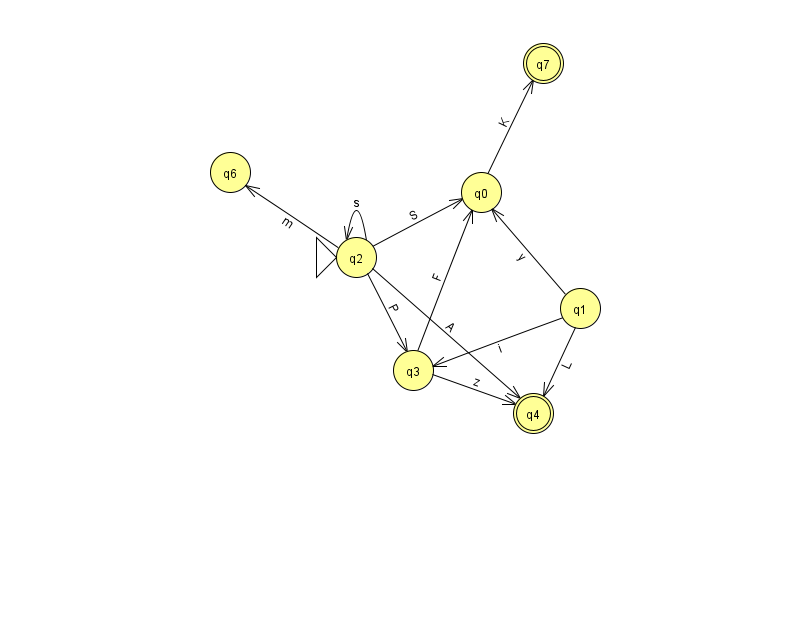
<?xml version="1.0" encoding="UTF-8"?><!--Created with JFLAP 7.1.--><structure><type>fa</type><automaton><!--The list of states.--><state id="0" name="q0"><x>481.0</x><y>179.0</y></state><state id="1" name="q1"><x>580.0</x><y>295.0</y></state><state id="2" name="q2"><x>356.0</x><y>244.0</y><initial/></state><state id="3" name="q3"><x>413.0</x><y>357.0</y></state><state id="4" name="q4"><x>533.0</x><y>400.0</y><final/></state><state id="6" name="q6"><x>230.0</x><y>159.0</y></state><state id="7" name="q7"><x>543.0</x><y>50.0</y><final/></state><!--The list of transitions.--><transition><from>1</from><to>4</to><read>L</read></transition><transition><from>2</from><to>3</to><read>P</read></transition><transition><from>2</from><to>2</to><read>s</read></transition><transition><from>2</from><to>6</to><read>m</read></transition><transition><from>3</from><to>4</to><read>z</read></transition><transition><from>1</from><to>0</to><read>y</read></transition><transition><from>3</from><to>0</to><read>F</read></transition><transition><from>1</from><to>3</to><read>i</read></transition><transition><from>0</from><to>7</to><read>K</read></transition><transition><from>2</from><to>0</to><read>S</read></transition><transition><from>2</from><to>4</to><read>A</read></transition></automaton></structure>